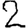
Digit: 2